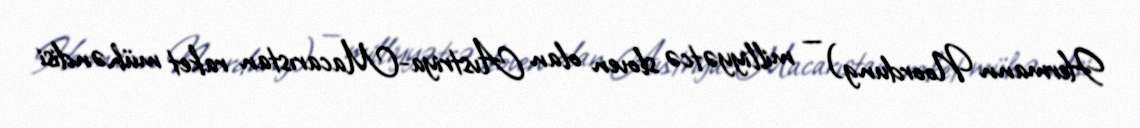
Hermann Noordung) — milliyyətcə sloven olan Avstriya-Macarıstan raket mühəndisi